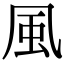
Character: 風